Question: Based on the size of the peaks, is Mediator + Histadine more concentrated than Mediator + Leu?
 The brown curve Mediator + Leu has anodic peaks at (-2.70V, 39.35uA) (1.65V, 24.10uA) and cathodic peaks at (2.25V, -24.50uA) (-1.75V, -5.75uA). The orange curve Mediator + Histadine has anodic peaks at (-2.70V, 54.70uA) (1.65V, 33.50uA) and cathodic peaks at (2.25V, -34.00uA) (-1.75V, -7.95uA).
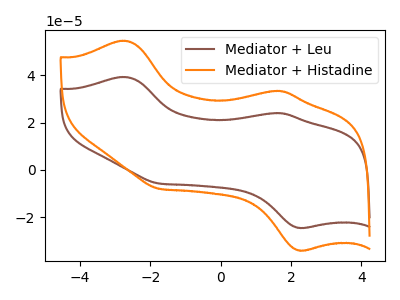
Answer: <think>All the peaks in "Mediator + Leu" have a peak in "Mediator + Histadine" at the same potential. Every peak in "Mediator + Leu" is lower than every peak in "Mediator + Histadine".
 </think>
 <answer>"Mediator + Leu" has less signal than "Mediator + Histadine" and so likely has a lower concentration.</answer>
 <eval>less_concentration</eval>